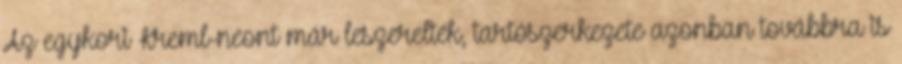
Az egykori Kreml-neont már leszerelték, tartószerkezete azonban továbbra is